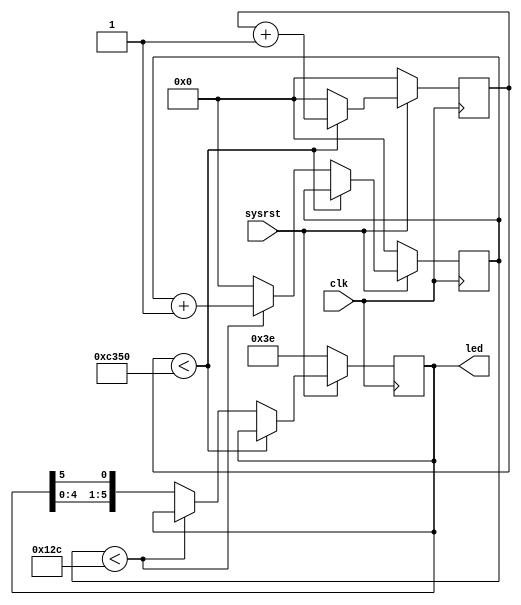
// Control Panel LED
// via TX

module led_blink(
    output  reg [5:0]led,
    input   clk,
    input   sysrst
    );
    
    
    reg [31:0]dly;
    reg [31:0]cnt;
    
    
    
    always@(posedge clk) begin
        if(~sysrst) begin
            led <=6'b111_110;
            dly <=32'd0;
            cnt <=32'd0;
        end else begin
        
            if(dly < 32'd50000) begin
                dly <= dly +1;
            end else begin
                dly <= 32'd0;
                
                if(cnt < 32'd300) begin
                    cnt <= cnt +1;
                end else begin
                    cnt <= 32'd0;
             //       led <= ~led;
                      led[5:0] <= {led[4:0], led[5]};
                end
            end
        
        end
    
    end
    
    
endmodule